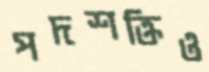
পদশক্তিও